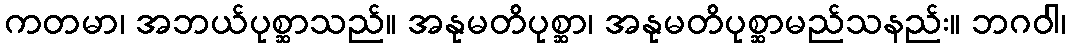
ကတမာ၊ အဘယ်ပုစ္ဆာသည်။ အနုမတိပုစ္ဆာ၊ အနုမတိပုစ္ဆာမည်သနည်း။ ဘဂဝါ၊